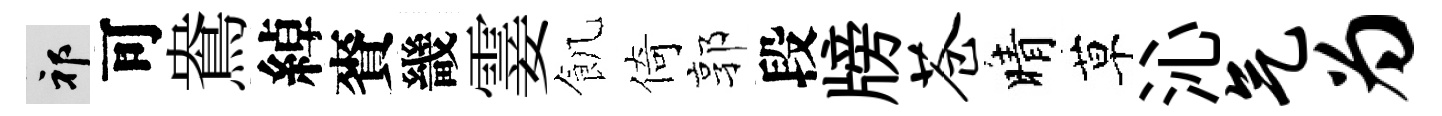
祁可鴦綽賚畿霎飢倚郭段牓苍晴草沁气为